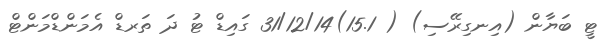
ޓީ ބަޔާން (އިނގިރޭސި) ( 15.1)31/12/14 ގައިޑް ޓު ދަ ތަރޑް އެމަންޑްމަންޓް